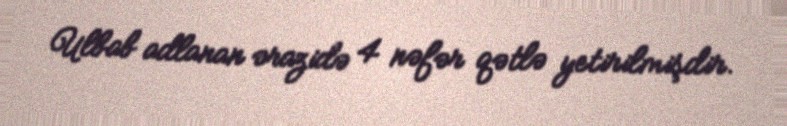
Ulbab adlanan ərazidə 4 nəfər qətlə yetirilmişdir.